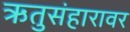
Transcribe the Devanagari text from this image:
ऋतुसंहारावर